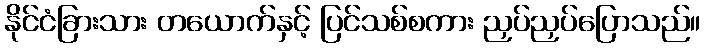
နိုင်ငံခြားသား တယောက်နှင့် ပြင်သစ်စကား ညှပ်ညှပ်ပြောသည်။